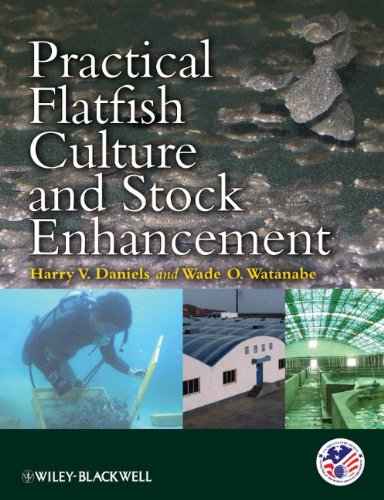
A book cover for Practical Flatfish Culture and Stock Enhancement; Crafts, Hobbies & Home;